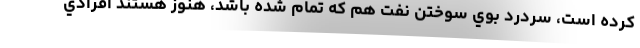
كرده است، سردرد بوي سوختن نفت هم كه تمام شده باشد، هنوز هستند افرادي